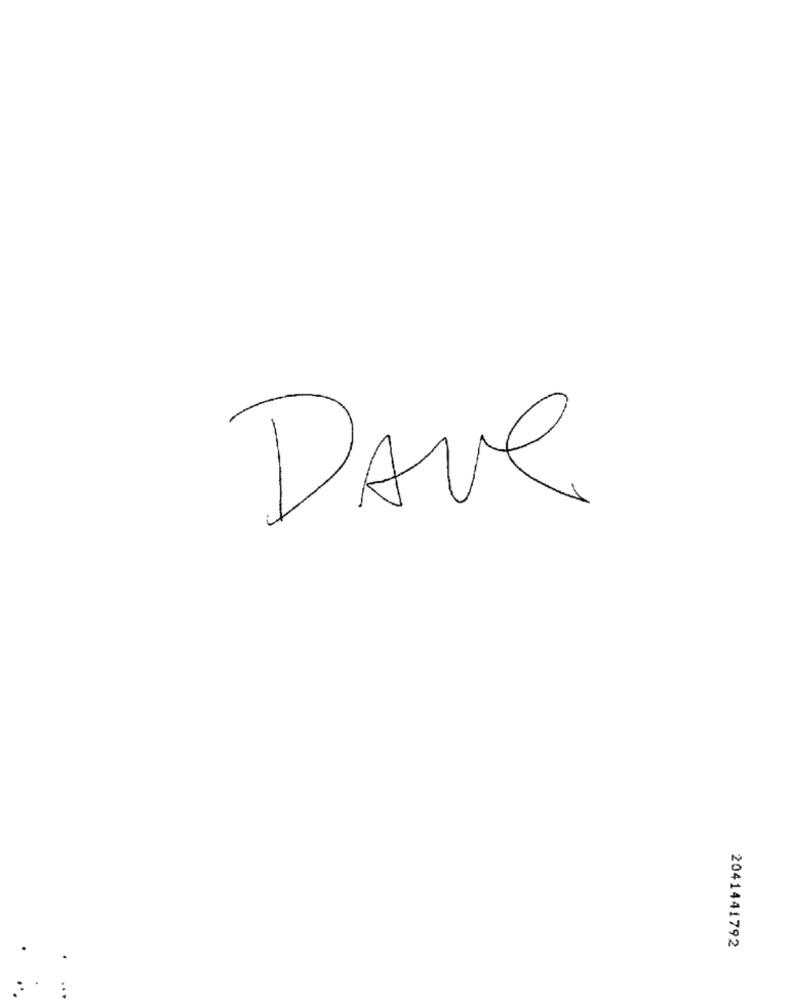
DAve
2041441792